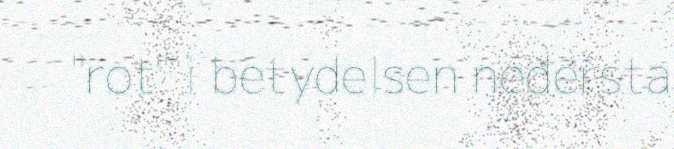
"rot" i betydelsen nedersta